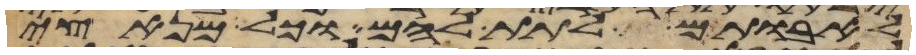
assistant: לאבותם לתת להם וכל מנאצי